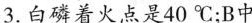
3.白磷着火点是40℃；B中